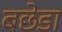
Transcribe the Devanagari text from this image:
बछेडा